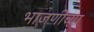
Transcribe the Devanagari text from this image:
भाजणीच्या